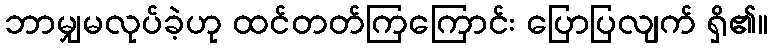
ဘာမျှမလုပ်ခဲ့ဟု ထင်တတ်ကြကြောင်း ပြောပြလျက် ရှိ၏။